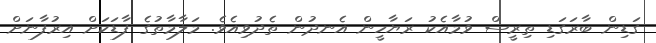
ގަޑިން ބާރަގަޑި ތިރީސް ވުމާއެކު ރަޔާހީން އެނދުން ތެދުވިއެވެ. މަލާމާތުގެ ފާޑަކަށް އިރުފާނަށް